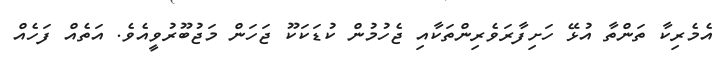
އެމެރިކާ ތަންތާ އުޅޭ ހަށިފާރަވެރިންތަކާއި ޖެހުމުން ކުޑަކަކޫ ޖަހަން މަޖުބޫރުވީއެވެ. އަތެއް ފަހެއް